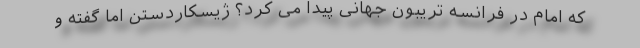
که امام در فرانسه تریبون جهانی پیدا می کرد؟ ژیسکاردستن اما گفته و